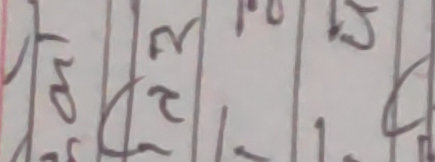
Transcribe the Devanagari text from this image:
५० २ १० १३